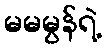
မမမွန်ရဲ့